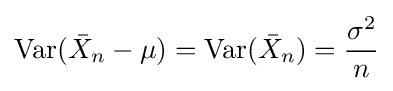
\mathrm {Var} ({\bar {X}}_{n}-\mu )=\mathrm {Var} ({\bar {X}}_{n})={\frac {\sigma ^{2}}{n}}